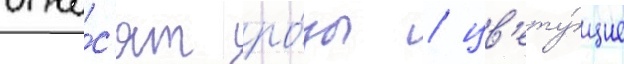
отно́с'ят ро́зы / цв'ету́щие